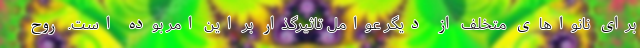
برای نانواهای متخلف از دیگر عوامل تاثیرگذار بر این امر بوده است. روح